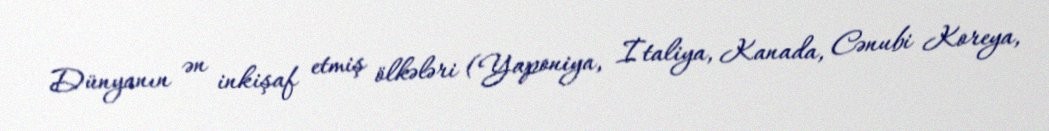
Dünyanın ən inkişaf etmiş ölkələri (Yaponiya, İtaliya, Kanada, Cənubi Koreya,